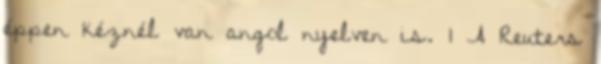
éppen kéznél van angol nyelven is. 1 A Reuters